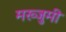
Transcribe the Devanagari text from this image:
मख्जुमी